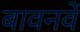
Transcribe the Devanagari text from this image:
बावनवें